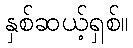
နှစ်ဆယ့်ရှစ်။